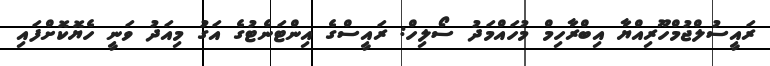
ރައީސުލްޖުމްހޫރިއްޔާ އިބްރާހިމް މުހައްމަދު ސޯލިހް: ރައީސްގެ އިންޓަނެޓުގެ އަގު މިއަދު ވަނީ ހެޔޮކޮށްފައި